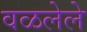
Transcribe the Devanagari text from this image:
वळलेले